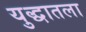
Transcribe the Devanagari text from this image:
युद्धातला